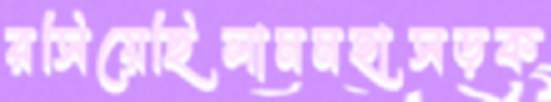
রসিয়েছিলামমহাসড়ক